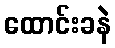
ထောင်းခနဲ